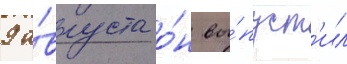
9 а́вгуста о́н вы́пуст'ил